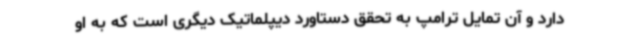
دارد و آن تمایل ترامپ به تحقق دستاورد دیپلماتیک دیگری است که به او